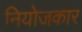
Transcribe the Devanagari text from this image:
नियोजकार